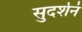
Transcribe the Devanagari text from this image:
सुदर्शनं